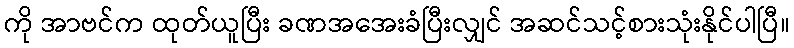
ကို အာဗင်က ထုတ်ယူပြီး ခဏအအေးခံပြီးလျှင် အဆင်သင့်စားသုံးနိုင်ပါပြီ။